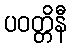
ပဝတ္တိနီ